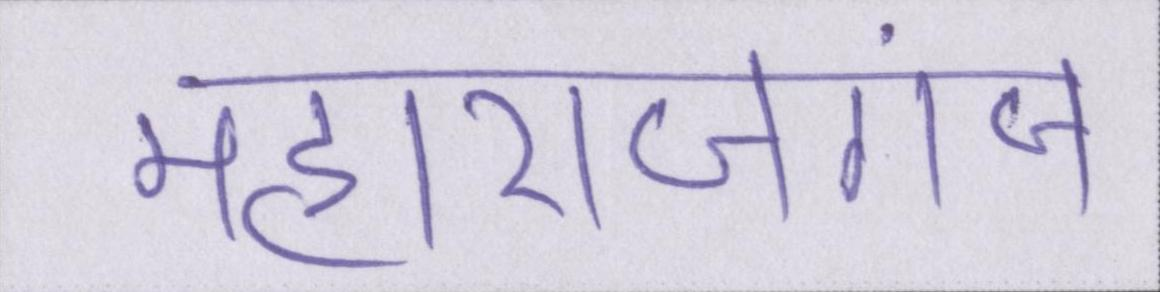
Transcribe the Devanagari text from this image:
महाराजगंज